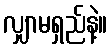
လျှာမရှည်နဲ့။